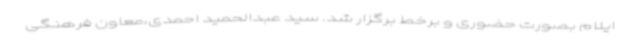
ایلام بصورت حضوری و برخط برگزار شد. سید عبدالحمید احمدی،معاون فرهنگی